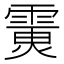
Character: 𩄪